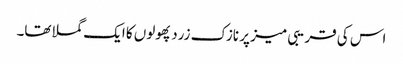
اس کی قریبی میز پر نازک زرد پھولوں کا ایک گملا تھا۔